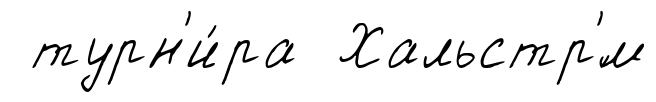
турн'и́ра Хальстр'́м